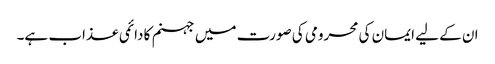
ان کے لیے ایمان کی محرومی کی صورت میں جہنم کا دائمی عذاب ہے۔